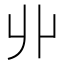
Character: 丱